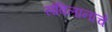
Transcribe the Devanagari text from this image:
संबिलानाचे